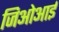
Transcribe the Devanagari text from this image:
जिओआई